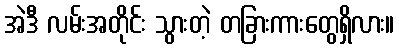
အဲဒီ လမ်းအတိုင်း သွားတဲ့ တခြားကားတွေရှိလား။